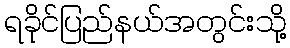
ရခိုင်ပြည်နယ်အတွင်းသို့